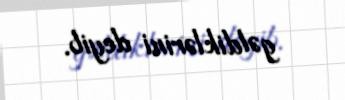
gəldiklərini deyib.